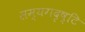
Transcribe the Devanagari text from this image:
सम्यगदृष्टि